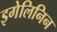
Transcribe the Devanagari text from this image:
इगेलिनिन